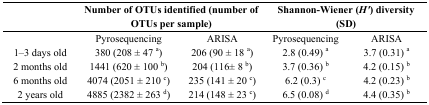
<table><thead><tr><td></td><td colspan="2"><b>Number of OTUs identified (number of OTUs per sample)</b></td><td colspan="2"><b>Shannon-Wiener (<i>H&#x27;</i>) diversity (SD)</b></td></tr></thead><tbody><tr><td></td><td>Pyrosequencing</td><td>ARISA</td><td>Pyrosequencing</td><td>ARISA</td></tr><tr><td>1–3 days old</td><td>380 (208 ± 47 <sup>a</sup>)</td><td>206 (90 ± 18 <sup>a</sup>)</td><td>2.8 (0.49) <sup>a</sup></td><td>3.7 (0.31) <sup>a</sup></td></tr><tr><td>2 months old</td><td>1441 (620 ± 100 <sup>b</sup>)</td><td>204 (116± 8 <sup>b</sup>)</td><td>3.7 (0.36) <sup>b</sup></td><td>4.2 (0.15) <sup>b</sup></td></tr><tr><td>6 months old</td><td>4074 (2051 ± 210 <sup>c</sup>)</td><td>235 (141 ± 20 <sup>c</sup>)</td><td>6.2 (0.3) <sup>c</sup></td><td>4.2 (0.23) <sup>b</sup></td></tr><tr><td>2 years old</td><td>4885 (2382 ± 263 <sup>d</sup>)</td><td>214 (148 ± 23 <sup>c</sup>)</td><td>6.5 (0.08) <sup>d</sup></td><td>4.4 (0.35) <sup>b</sup></td></tr></tbody></table>